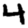
Digit: 4